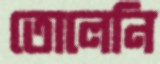
তোলেনি